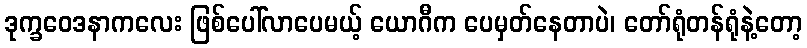
ဒုက္ခဝေဒနာကလေး ဖြစ်ပေါ်လာပေမယ့် ယောဂီက ပေမှတ်နေတာပဲ၊ တော်ရုံတန်ရုံနဲ့တော့